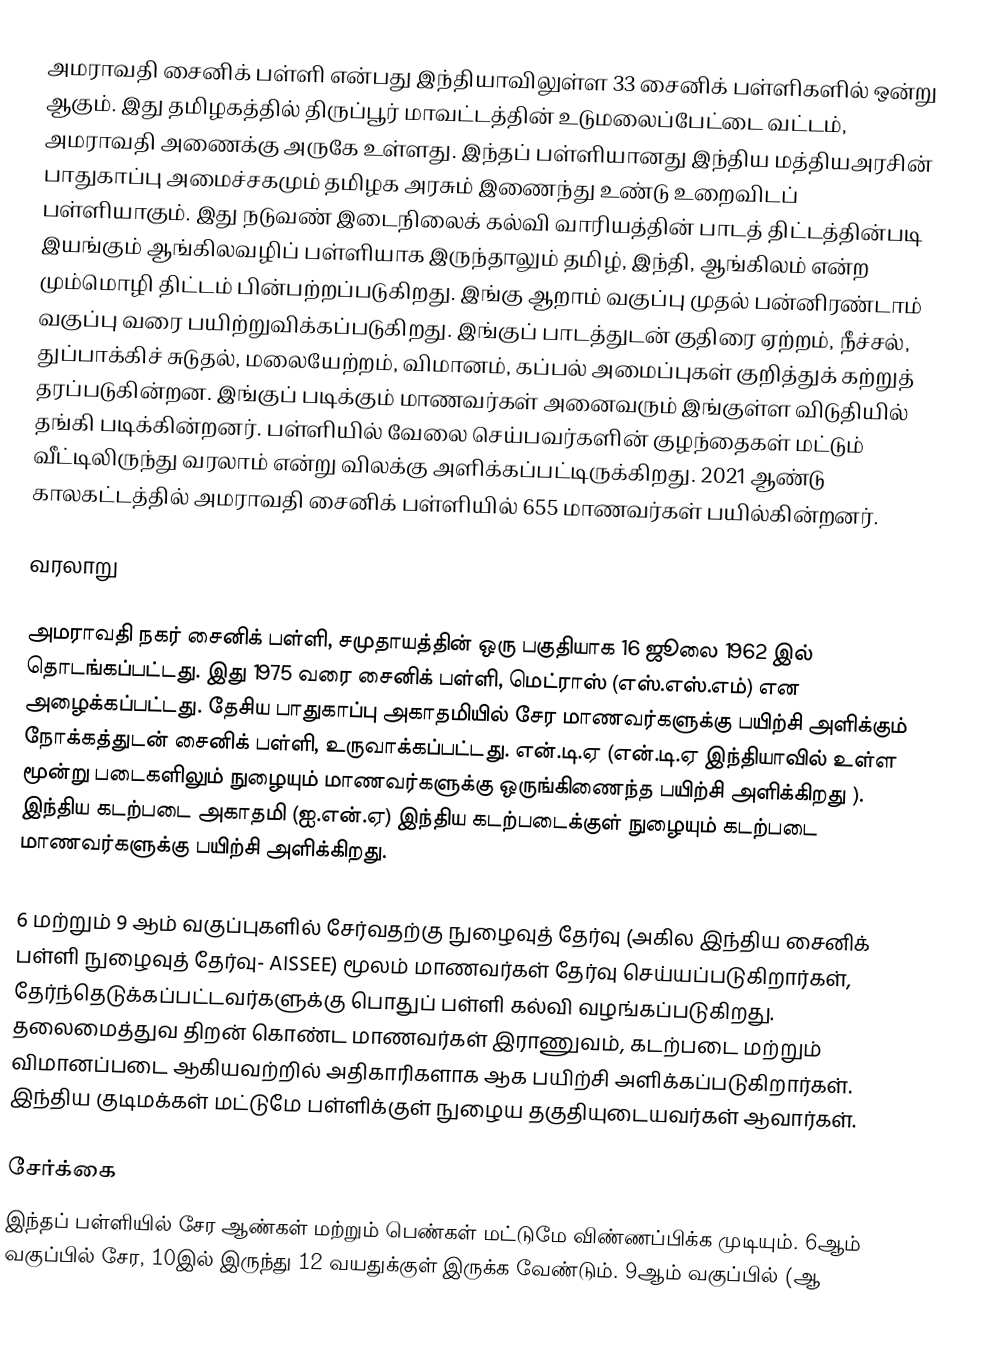
அமராவதி சைனிக் பள்ளி என்பது இந்தியாவிலுள்ள 33 சைனிக் பள்ளிகளில் ஒன்று ஆகும். இது தமிழகத்தில் திருப்பூர் மாவட்டத்தின்  உடுமலைப்பேட்டை வட்டம், அமராவதி அணைக்கு அருகே உள்ளது. இந்தப் பள்ளியானது இந்திய மத்தியஅரசின் பாதுகாப்பு அமைச்சகமும் தமிழக அரசும் இணைந்து உண்டு உறைவிடப் பள்ளியாகும். இது நடுவண் இடைநிலைக் கல்வி வாரியத்தின் பாடத் திட்டத்தின்படி இயங்கும் ஆங்கிலவழிப் பள்ளியாக இருந்தாலும் தமிழ், இந்தி, ஆங்கிலம் என்ற மும்மொழி திட்டம் பின்பற்றப்படுகிறது. இங்கு ஆறாம் வகுப்பு முதல் பன்னிரண்டாம் வகுப்பு வரை பயிற்றுவிக்கப்படுகிறது. இங்குப் பாடத்துடன் குதிரை ஏற்றம், நீச்சல், துப்பாக்கிச் சுடுதல், மலையேற்றம், விமானம், கப்பல் அமைப்புகள் குறித்துக் கற்றுத் தரப்படுகின்றன. இங்குப் படிக்கும் மாணவர்கள் அனைவரும் இங்குள்ள விடுதியில் தங்கி படிக்கின்றனர். பள்ளியில் வேலை செய்பவர்களின் குழந்தைகள் மட்டும் வீட்டிலிருந்து வரலாம் என்று விலக்கு அளிக்கப்பட்டிருக்கிறது. 2021 ஆண்டு காலகட்டத்தில் அமராவதி சைனிக் பள்ளியில் 655 மாணவர்கள் பயில்கின்றனர்.

வரலாறு

அமராவதி நகர் சைனிக் பள்ளி, சமுதாயத்தின் ஒரு பகுதியாக 16 ஜூலை 1962 இல் தொடங்கப்பட்டது. இது 1975 வரை சைனிக் பள்ளி, மெட்ராஸ் (எஸ்.எஸ்.எம்) என அழைக்கப்பட்டது. தேசிய பாதுகாப்பு அகாதமியில் சேர மாணவர்களுக்கு பயிற்சி அளிக்கும் நோக்கத்துடன் சைனிக் பள்ளி, உருவாக்கப்பட்டது. என்.டி.ஏ (என்.டி.ஏ இந்தியாவில் உள்ள மூன்று படைகளிலும் நுழையும் மாணவர்களுக்கு ஒருங்கிணைந்த பயிற்சி அளிக்கிறது ). இந்திய கடற்படை அகாதமி (ஐ.என்.ஏ) இந்திய கடற்படைக்குள் நுழையும் கடற்படை மாணவர்களுக்கு பயிற்சி அளிக்கிறது.

6 மற்றும் 9 ஆம் வகுப்புகளில் சேர்வதற்கு நுழைவுத் தேர்வு (அகில இந்திய சைனிக் பள்ளி நுழைவுத் தேர்வு- AISSEE) மூலம் மாணவர்கள் தேர்வு செய்யப்படுகிறார்கள், தேர்ந்தெடுக்கப்பட்டவர்களுக்கு பொதுப் பள்ளி கல்வி வழங்கப்படுகிறது. தலைமைத்துவ திறன் கொண்ட மாணவர்கள் இராணுவம், கடற்படை மற்றும் விமானப்படை  ஆகியவற்றில் அதிகாரிகளாக ஆக பயிற்சி அளிக்கப்படுகிறார்கள். இந்திய குடிமக்கள் மட்டுமே பள்ளிக்குள் நுழைய தகுதியுடையவர்கள் ஆவார்கள்.

சேர்க்கை
இந்தப் பள்ளியில் சேர ஆண்கள் மற்றும் பெண்கள் மட்டுமே விண்ணப்பிக்க முடியும். 6ஆம் வகுப்பில் சேர, 10இல் இருந்து 12 வயதுக்குள் இருக்க வேண்டும். 9ஆம் வகுப்பில் (ஆ